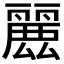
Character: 𮭶